Indian journal of veterinary science and animal husbandry - Volume 5,
Year: 1935
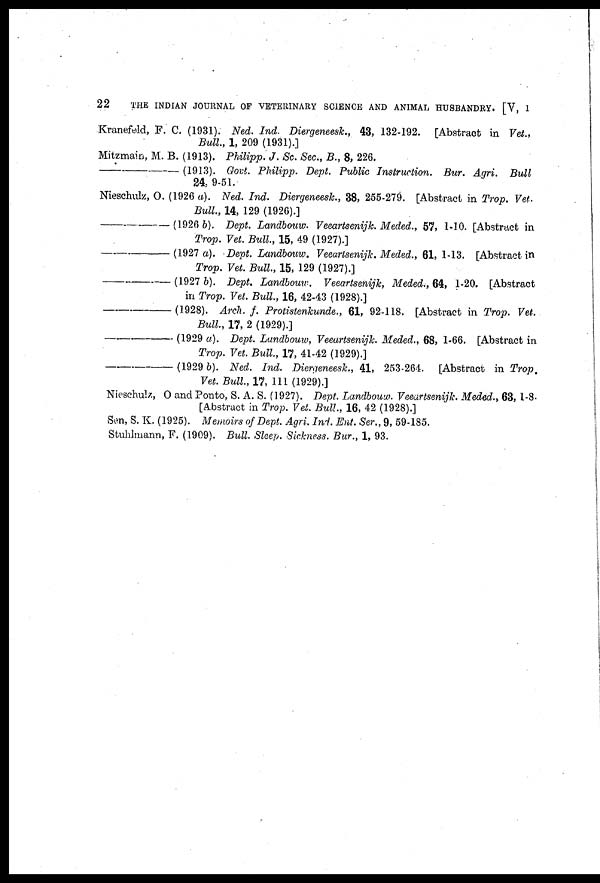
22
THE INDIAN JOURNAL OF VETERINARY SCIENCE AND ANIMAL HUSBANDRY. [V, 1
Kranefeld, F. C. (1931). Ned. Ind. Diergeneesk., 43, 132-192. [Abstract in Vet.,
Bull., 1, 209 (1931).]
Mitzmain, M. B. (1913). Philipp. J. Sc. Sec.,B., 8, 226.
—
(1913). Govt. Philipp. Dept. Public Instruction. Bur. Agri. Bull
24, 9-51.
Nieschulz, O. (1926 a). Ned. Ind.. Diergeneesk., 38, 255-279. [Abstract in Trop. Vet.
Bull., 14, 129 (1926).]
—
(1926 b). Dept. Landbouw. Veeartsenijk. Meded., 57, 1-10. [Abstract in
Trop. Vet. Bull., 15, 49 (1927).]
—
(1927 a). Dept. Landbouw. Veeartsenijk. Meded., 61, 1-13. [Abstract in
Trop. Vet. Bull., 15, 129 (1927).]
—
(1927 b). Dept. Landbouw. Veeartsenijk, Meded., 64, 1-20. [Abstract
in Trop. Vet. Bull, 16, 42-43 (1928).]
—
(1928). Arch. f. Protistenkunde., 61, 92-118. [Abstract in Trop. Vet.
Bull, 17, 2 (1929).]
—
(1929 a). Dept. Landbouw, Veeartsenijk. Meded., 68, 1-66. [Abstract in
Trop. Vet. Bull, 17, 41-42 (1929).]
—
(1929 b). Ned. Ind. Diergeneesk., 41, 253-264. [Abstract in Trop.
Vet. Bull., 17, 111 (1929).]
Nieschulz, O and Ponto, S. A. S. (1927). Dept. Landbouw. Veeartsenijk. Meded., 63, 1-8-
[Abstract in Trop. Vet. Bull., 16, 42 (1928).]
Sen, S. K. (1925). Memoirs of Dept. Agri. Ind. Ent. Ser., 9, 59-185.
Stuhlmann, F. (1909). Bull Sleep. Sickness. Bur., 1, 93.